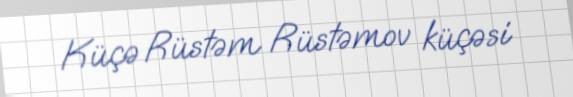
Küçə Rüstəm Rüstəmov küçəsi